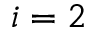
i = 2